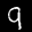
Label: 9